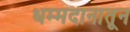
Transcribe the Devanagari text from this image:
धम्मदानातून